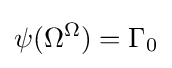
\psi (\Omega ^{\Omega })=\Gamma _{0}